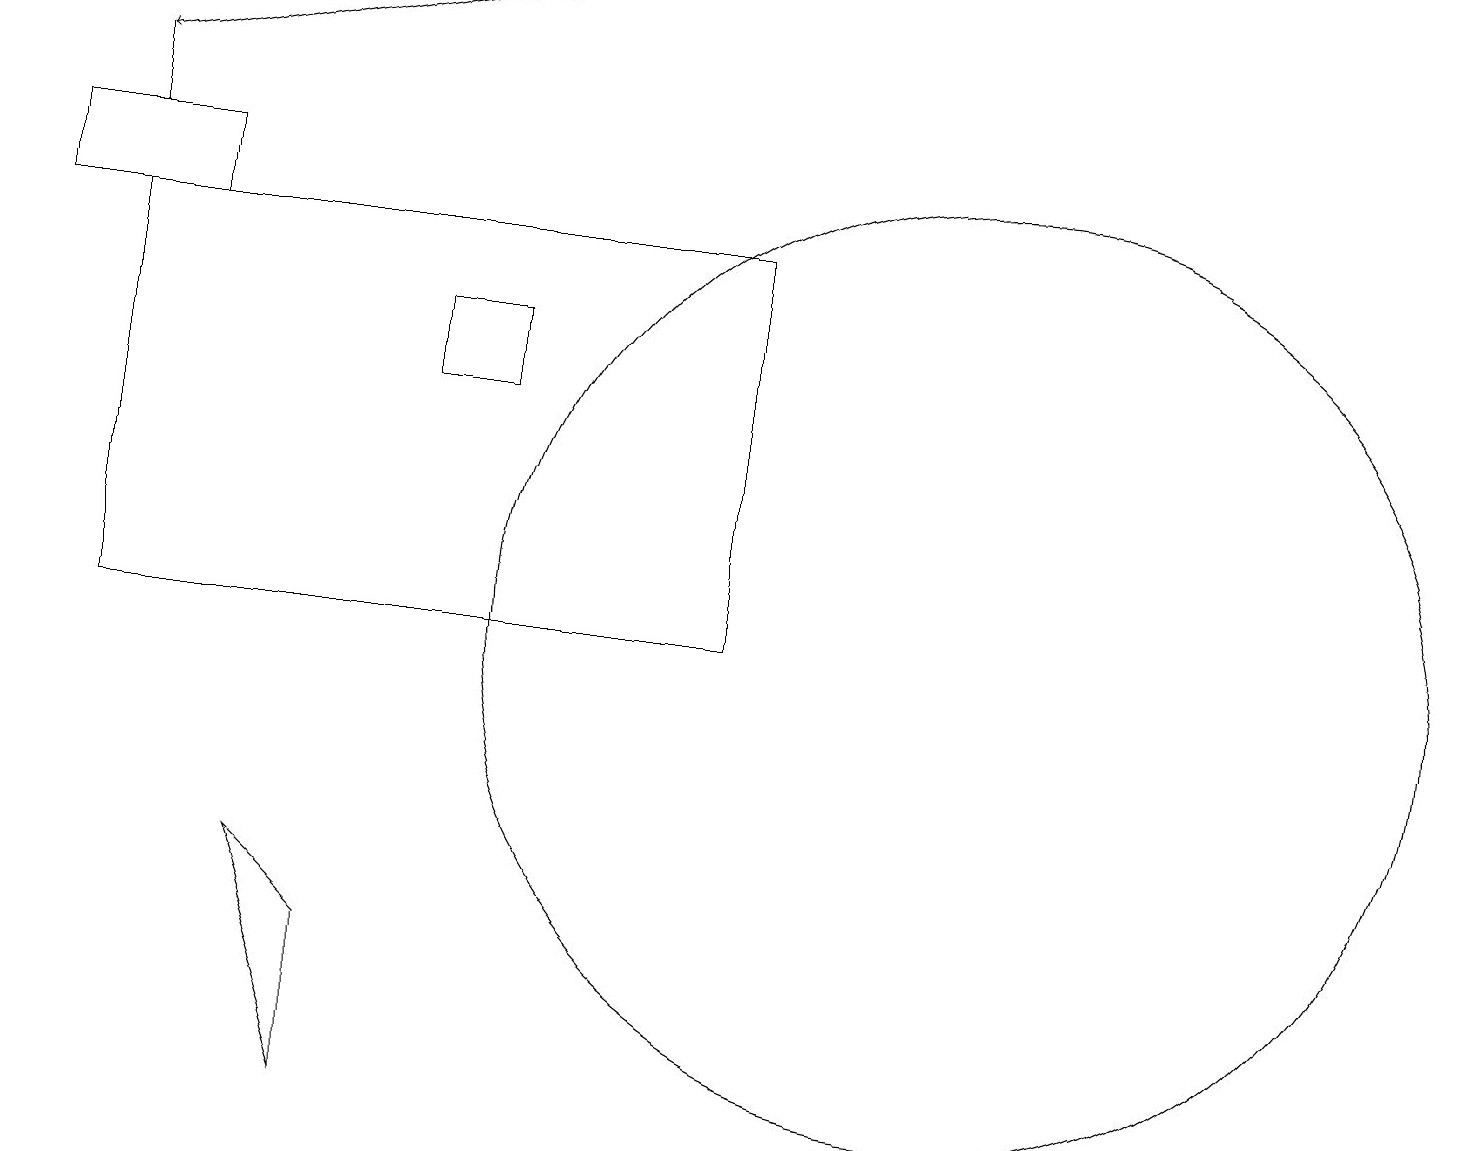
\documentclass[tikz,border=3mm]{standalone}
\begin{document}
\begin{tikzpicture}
\draw (5,14) rectangle (6,15);
\draw (2,16) rectangle (0,17);
\draw (1,11) rectangle (9,16);
\draw (1,17) rectangle (1,18);
\draw (4,5) -- (3,8) -- (4,7) -- cycle;
\draw (12,11) circle (6);
\draw[->] (6,19) -- (1,18);
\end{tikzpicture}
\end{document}